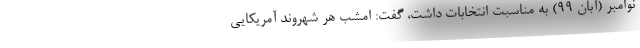
نوامبر (آبان ۹۹) به مناسبت انتخابات داشت، گفت: امشب هر شهروند آمریکایی